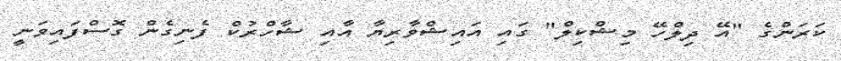
ކަަރަންގެ "އޭ ދިލްހޭ މިޝްކިލް" ގައި އައިޝްވާރިޔާ އާއި ޝާހްރުކް ފެނިގެން ގޮސްފައިވަނީ